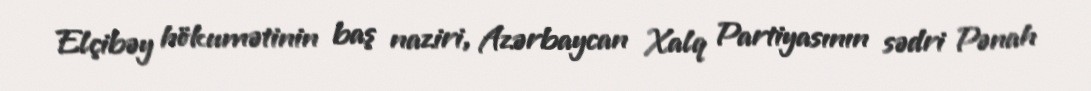
Elçibəy hökumətinin baş naziri, Azərbaycan Xalq Partiyasının sədri Pənah